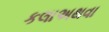
કલાઅથવા